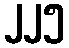
၂၂၅